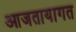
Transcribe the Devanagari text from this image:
आजतायागत